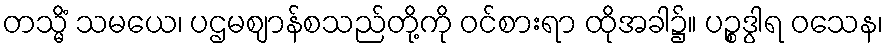
တသ္မိံ သမယေ၊ ပဌမဈာန်စသည်တို့ကို ဝင်စားရာ ထိုအခါ၌။ ပဉ္စဒွါရ ဝသေန၊